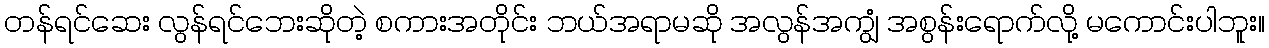
တန်ရင်ဆေး လွန်ရင်ဘေးဆိုတဲ့ စကားအတိုင်း ဘယ်အရာမဆို အလွန်အကျွံ အစွန်းရောက်လို့ မကောင်းပါဘူး။